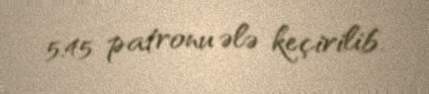
5.45 patronu ələ keçirilib.